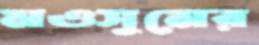
মওসুমের